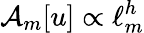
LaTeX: \mathcal{A}_{m}[u]\propto\ell_{m}^{h}